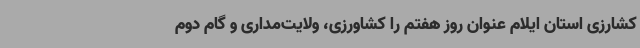
کشارزی استان ایلام عنوان روز هفتم را کشاورزی، ولایت‌مداری و گام دوم